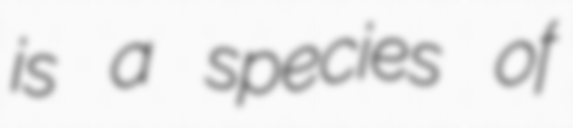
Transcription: is a species of